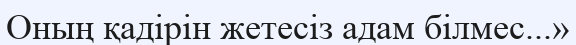
Оның қадірін жетесіз адам білмес...»